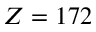
Z = 1 7 2